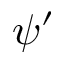
\psi ^ { \prime }